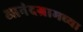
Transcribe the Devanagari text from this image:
आनंदग्रामच्या